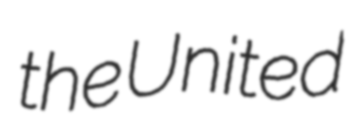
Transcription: the United